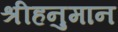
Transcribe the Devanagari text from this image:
श्रीहनुमान